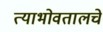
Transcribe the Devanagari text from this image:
त्याभोवतालचे